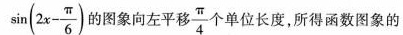
$$\sin ( 2 x - \frac { π } { 6 } )$$的图象向左平移 \frac{π}{4}个单位长度，所得函数图像的